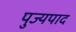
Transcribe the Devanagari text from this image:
पुज्यपाद